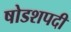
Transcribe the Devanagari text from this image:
षोडशपदी